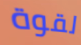
لقوة